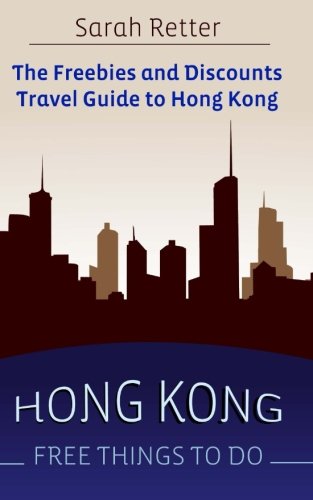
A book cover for Hong Kong: Free Things to Do: The freebies and discounts travel guide to Hong Kong (Freebies and Discounts Travel Guides); Sarah Retter; Travel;